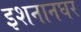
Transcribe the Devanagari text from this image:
इशनानघर